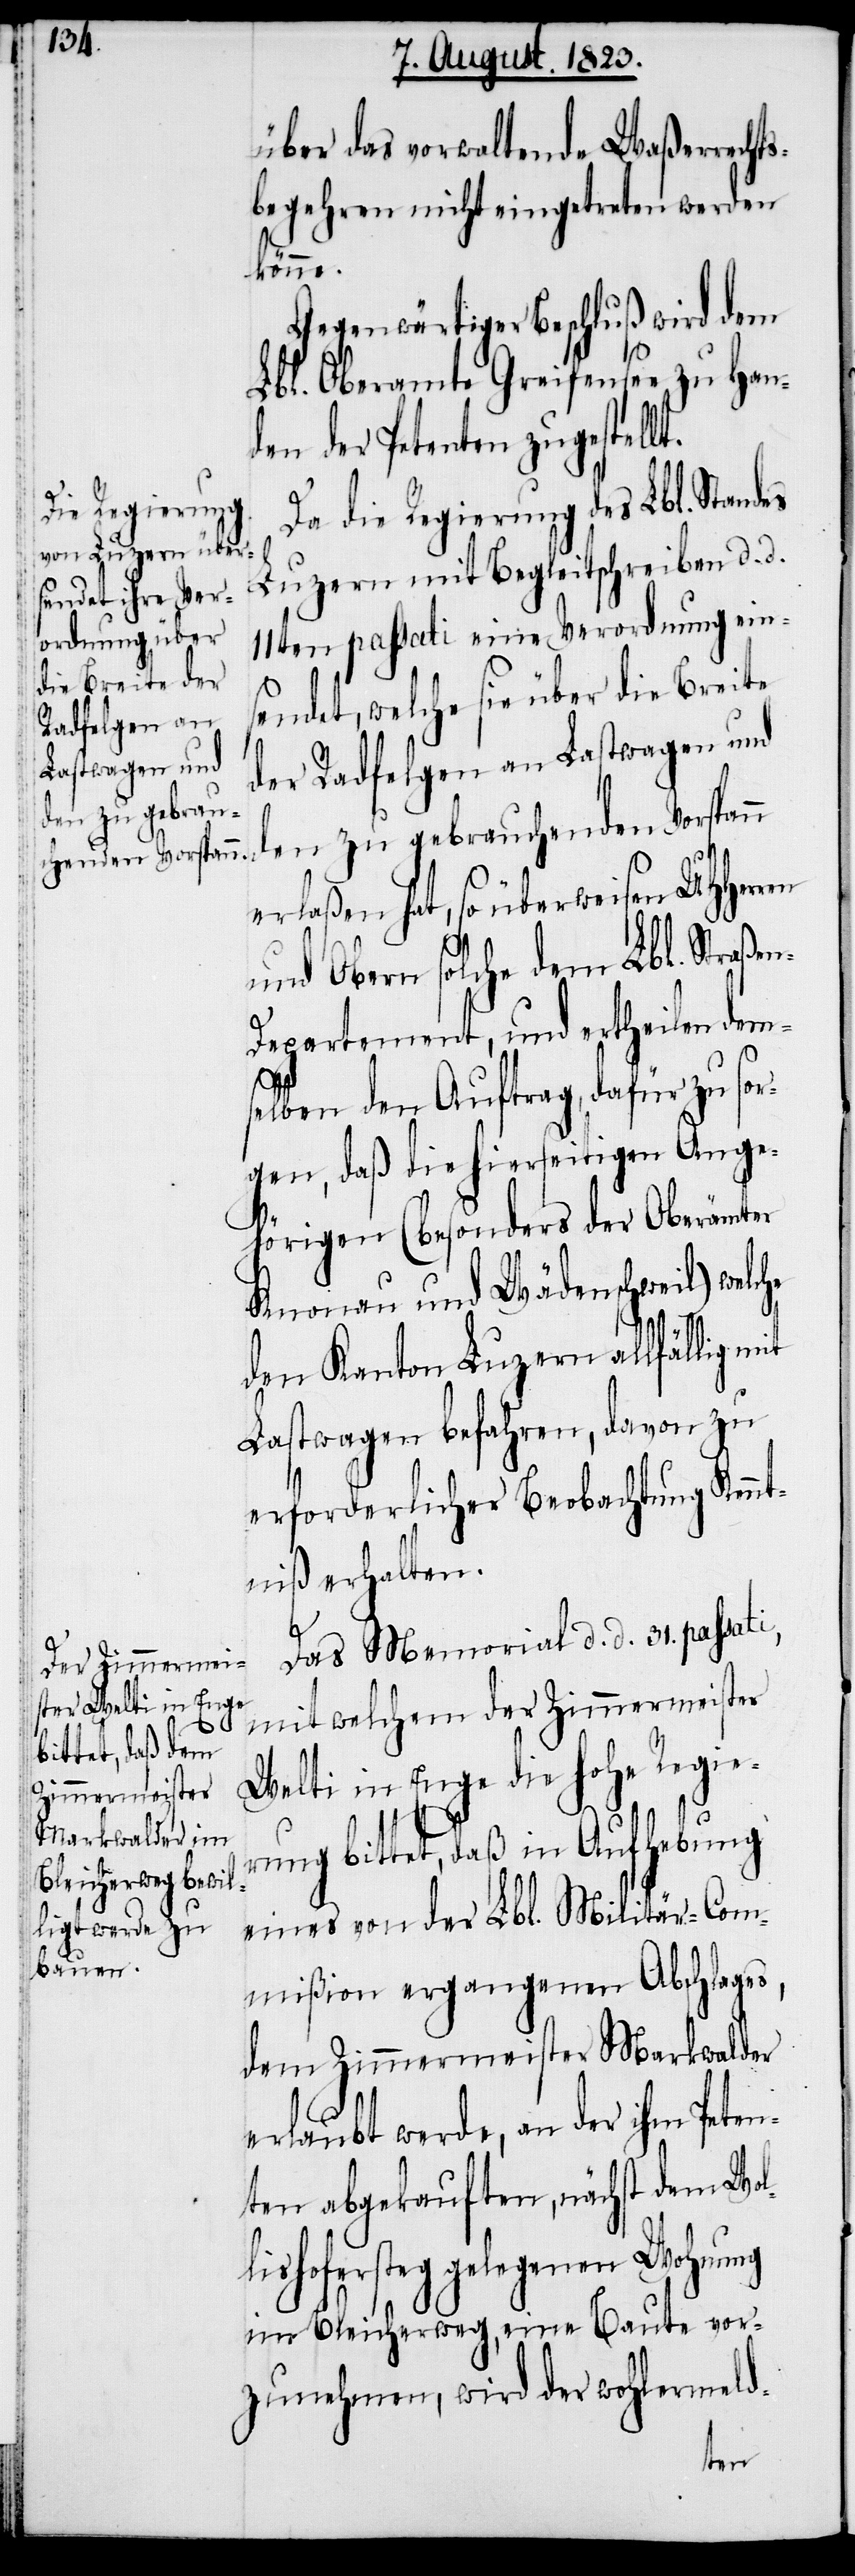
über das vorwaltende Waßerrecht¬
sbegehren nicht eingetreten werden
könne.
Gegenwärtiger Beschluß wird dem
Lbl. Oberamte Greifensee zu Hand¬
en der Petenten zugestell¬
Da die Regierung des Lbl. Standes
Luzern mit Begleitschreiben d. d.
11ten passati eine Verordnung ein¬
sendet, welche sie über die Breite
der Radfelgen an Lastwagen und
den zu gebrauchenden Vorspann
erlaßen hat, so überweisen UHHerr¬
und Obern solche dem Lbl. Straße¬
n-Departement, und ertheilen dem¬
selben den Auftrag, dafür zu sor¬
gen, daß die hierseitigen Ange¬
hörigen (besonders der Oberämter
Knonau und Wädenschweil)
den Kanton Luzern allfällig
Lastwagen befahren, davon zu
erforderlicher Beobachtung Kennt¬
niß erhalten.
Das Memorial d. d. 31. passati,
mit welchem der Zimmermeister
Welti in Enge die hohe Regie¬
rung bittet, daß in Aufhebung
eines von der Lbl. Militär-Com¬
mißion ergangenen Abschlages,
dem Zimmermeister Markwalder
erlaubt werde, an der ihm Peten¬
ten abgekauften, nächst dem Wol¬
lishofersteg gelegenen Wohnung
im Bleicherweg, eine Baute vor¬
zunehmen, wird der wohlermeld-
en